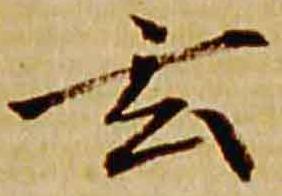
玄